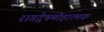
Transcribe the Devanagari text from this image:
रागद्वेषमोहात्मक